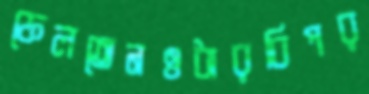
ফেলতেনওধারবিপর